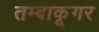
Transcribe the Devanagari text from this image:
तम्बाकूगर